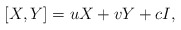
\begin{align*}[X,Y] = u X + v Y + c I,\end{align*}